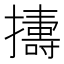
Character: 𢷬